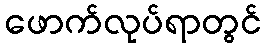
ဖောက်လုပ်ရာတွင်